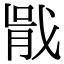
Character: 𭟶